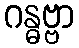
ဂန္ဓဗ္ဗာ